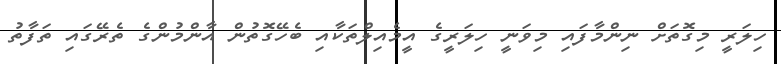
ހިލަރީ މިގޮތަށް ނިންމާފައި މިވަނީ ހިލަރީގެ އީމެއިލްތަކާއި ބެހޭގޮތުން އާންމުންގެ ތެރޭގައި ތަފާތު